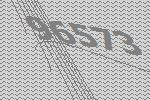
96573